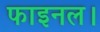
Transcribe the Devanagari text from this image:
फाइनल।